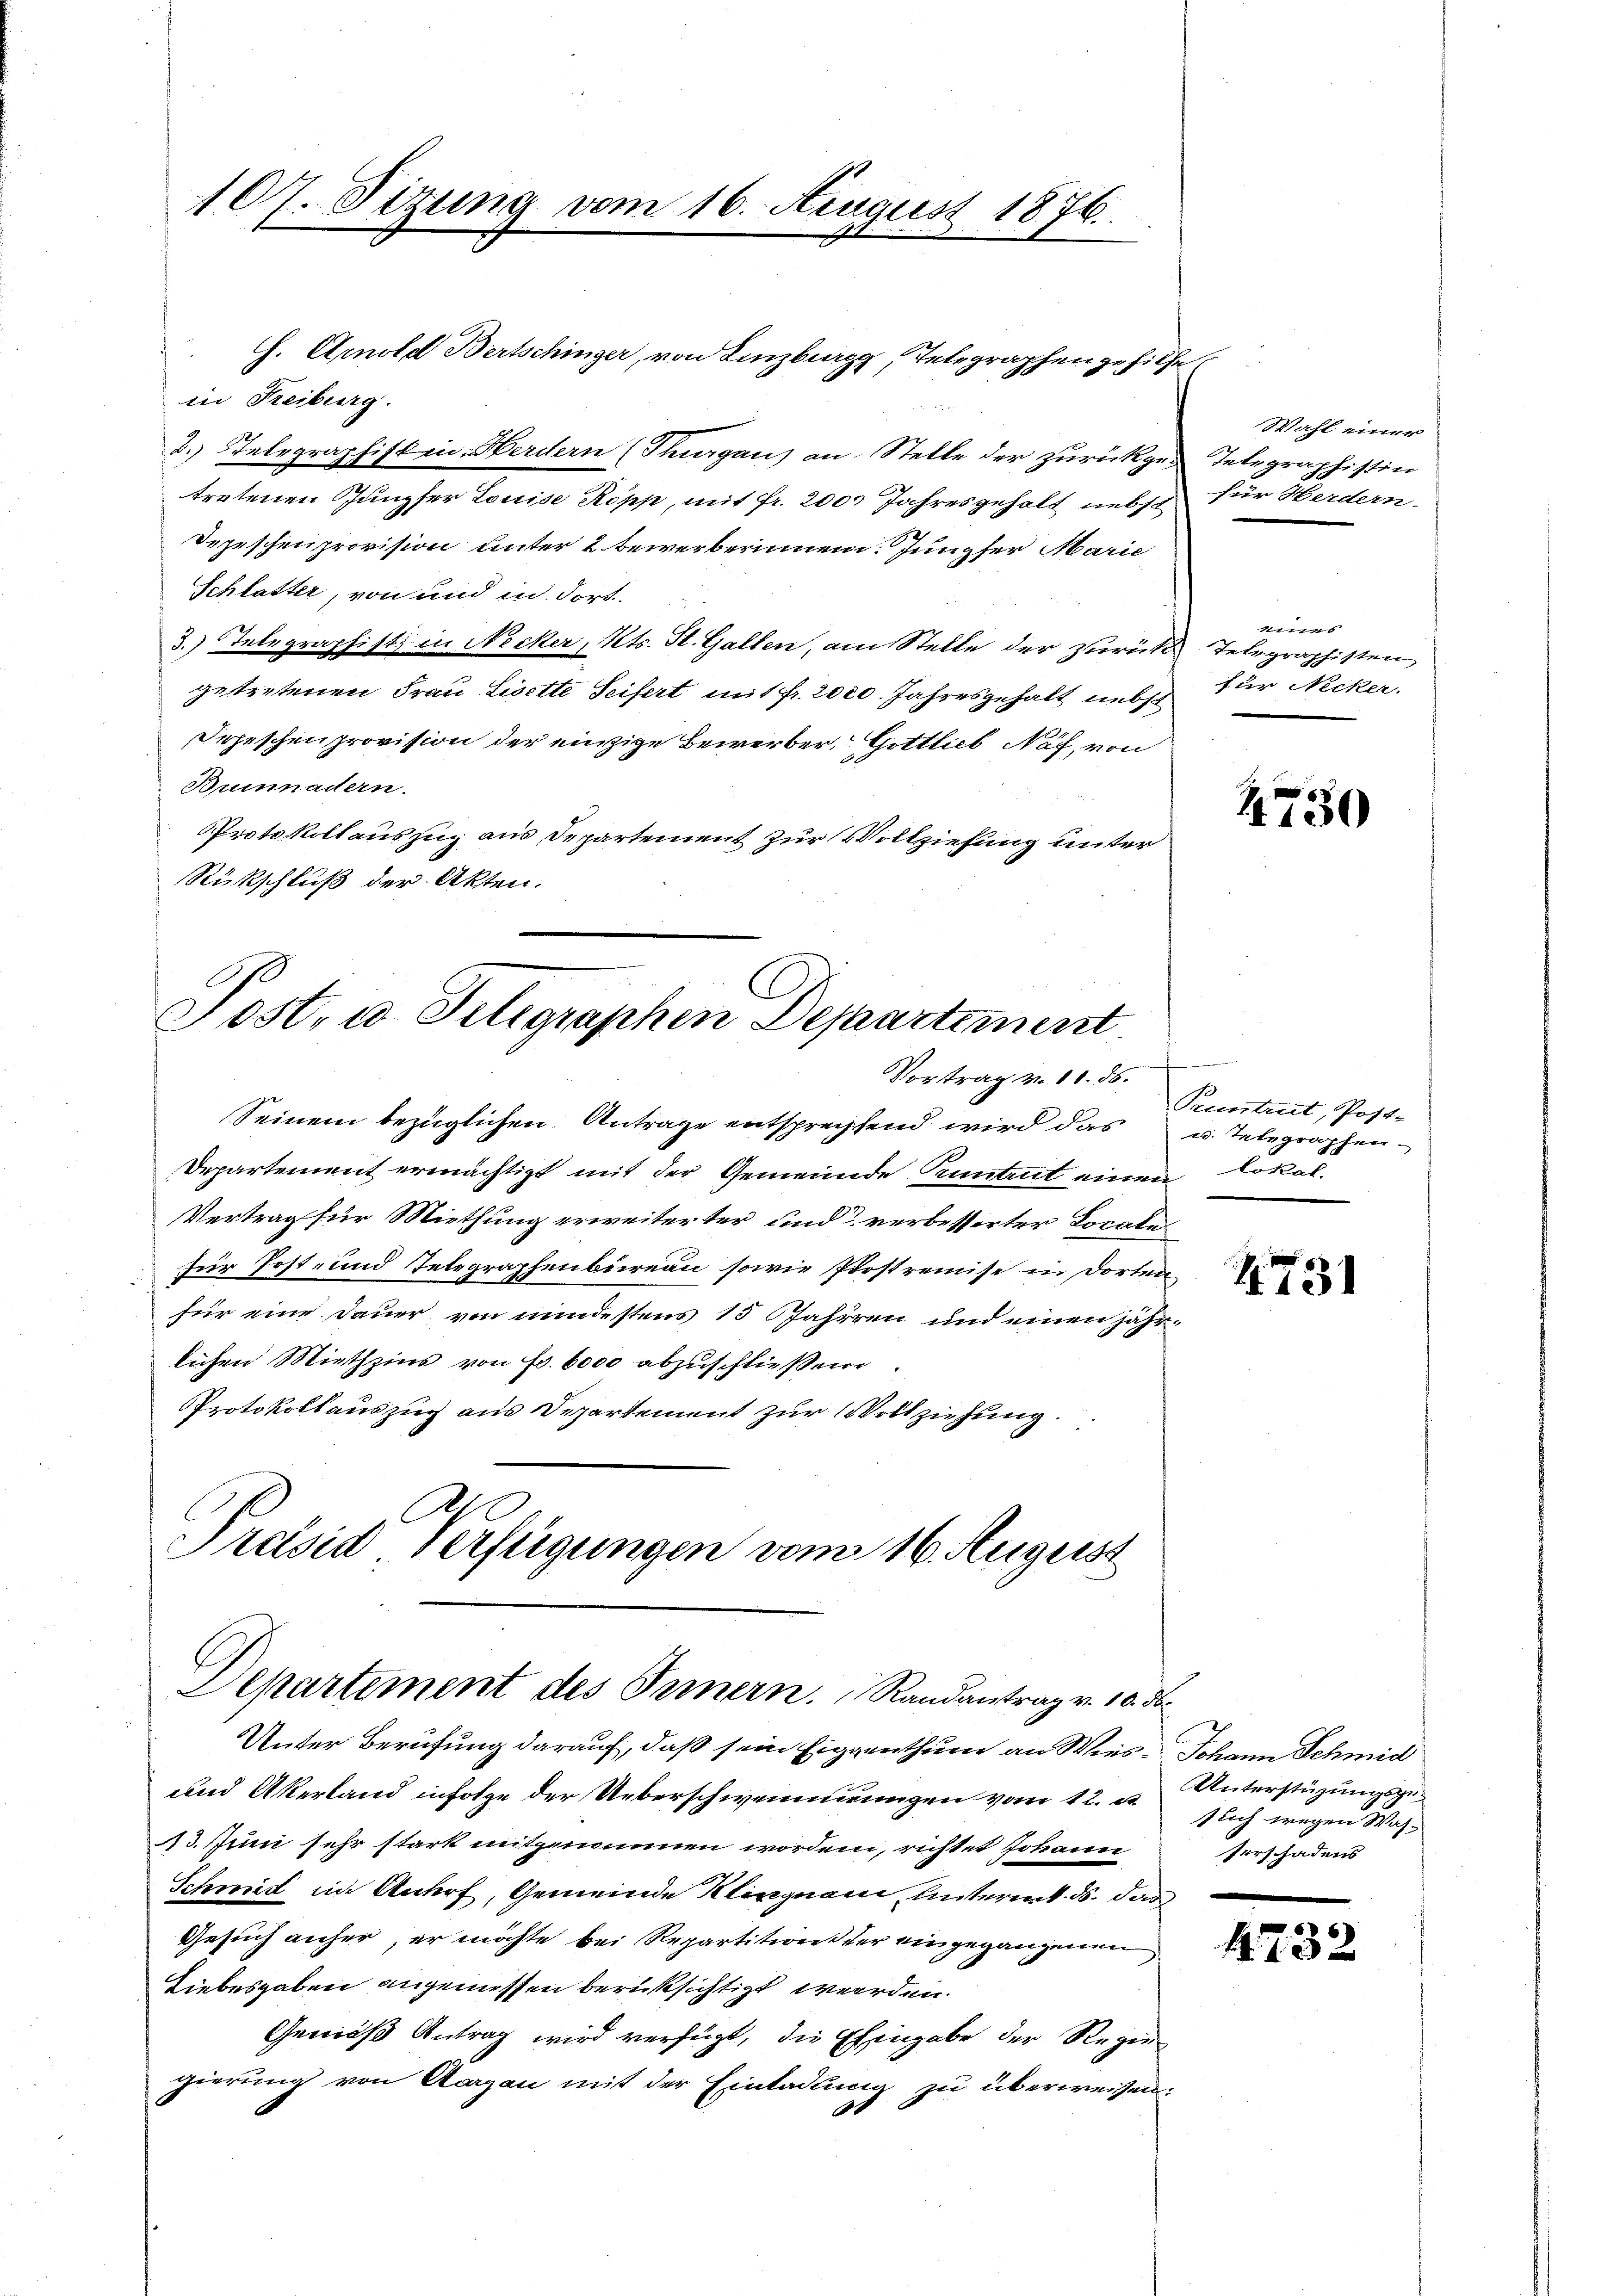
107. Sizung vom 16. August 1876

f
h. Arnold Bertschinger, von Lenzburg, Telegraphen gehilfe
in Freiburg.
2. Telegraphistin Herdern (Thurgau) an Stelle der zurückgetretenen Jungfer Louise Kopp, mit Fr. 200 Jahresgehalt nebst
Dezischenprovision unter 2 bewerberinnen. Jungfer Marie
Schlatter, von und in dort
3.) Telegraphist in Nocker, Kts. St. Gallen, am Stelle der zurückgetretenen Frau Lisette Seifert mit fr. 2020. Jahresgehalt nebst
Schischen provision der einzige Bewerber, Gottlich Näf, von
Brunnadtern.
Protokollauszug aus Departement zur Vollziehung unter
Rückschluß der Akten.

Jost, u. Telegraphen Departement
Vortrag v. 11. ds.

Seinem bezüglichen Antrage entsprechtend wird das u. Telegraphen¬
Departement ermächtigt mit der Gemeinde Kuntrut einen Lokal-
Vertrag für Miethung erweiterter und verbesserter Locale
für Post- und Telegraphenbureau, sowie Postremise in dortenfür eine Dauer von mindestens 15 Jahren und einen jährlichen Miethzins von Fr. 6000 abzuschließen
Protokollauszug aus Departement zur Vollziehung.
Præsid Verfügungen vom 16. August

Departement des Innern. Randantrag v. 10. ds.
Unter Berufung darauf, daß sein Eigenthum an Wies. Johann Schmid

und Akerland infolge der Ueberschwemmungen vom 12. u.
13. Juni sehr stark mitgenommen worden, richtet Johann
Schmidt in Anhrf, Gemeinde Klingnau, unterent ds. das
Gesuch anher, er möchte bei Repartition der eingegangenen
Liebesgaben angemessen berücksichtigt werden.
Gemäß Antrag wird verfügt, die Eingabe der Regie
gierung von Aargau mit der Einladung zu überweisen.
1

Wahl einer
Integraphistin
für Herdern.

eines
 Telegraphisten
für Necker.

1730

r
Pruntreit, Post-

1731

Unterstüzungsgeslich wegen Was-
serschadens

4732